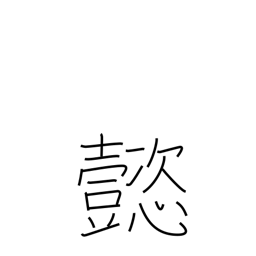
Meaning: splendid